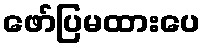
ဖော်ပြမထားပေ